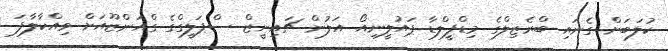
ކުލަބަށް ގެނައި ބްރެޒިލްގެ މިޑްފީލްޑާ ޕައުލީނިއޯ އަލުން ޗައިނީޒް ސްޕަލީގްގެ ގްއަންޒޫއަށް ވިއްކާލާފަ